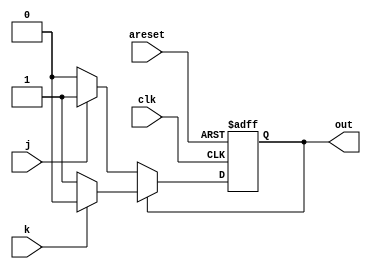
module top_module(
    input clk,
    input areset,    // Asynchronous reset to OFF
    input j,
    input k,
    output out); //

    parameter OFF=1'b0, ON=1'b1;
    reg state, next_state;

    always @(*) begin
        // State transition logic
        if (state == OFF)
            next_state <= (j == 1'b1) ? ON : OFF;
        else
            next_state <= (k == 1'b1) ? OFF : ON;
    end

    always @(posedge clk, posedge areset) begin
        // State flip-flops with asynchronous reset
        if (areset)
            state <= OFF;
        else
            state <= next_state;
    end

    // Output logic
    assign out = (state == ON);

endmodule